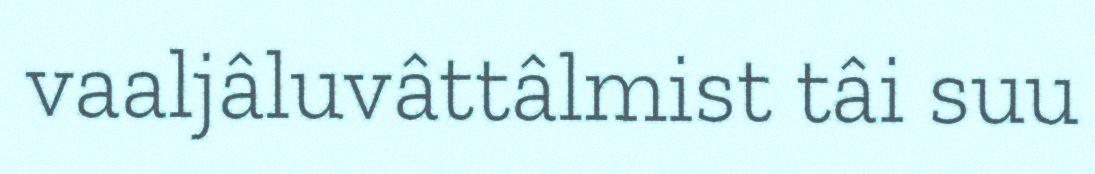
vaaljâluvâttâlmist tâi suu